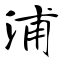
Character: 浦